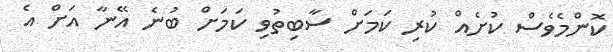
ކޮންމެވެސް ކުށެއް ކުރި ކަމަށް ސާބިތުވި ކަމަށް ބުނެ އޭނާ އަށް އެ